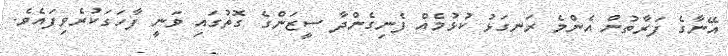
އޭނާގެ ފަރާތުން އެންމެ ރަނގަޅު ކުޅުމެއް ފެނިގެންދާ ސީޒަންގެ ގޮތުގައި ވަނީ ފާހަގަކުރެވިފައެވެ.